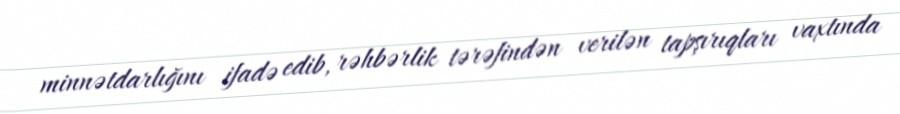
minnətdarlığını ifadə edib, rəhbərlik tərəfindən verilən tapşırıqları vaxtında